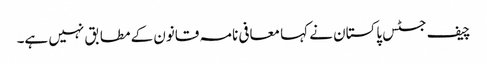
چیف جسٹس پاکستان نے کہا معافی نامہ قانون کے مطابق نہیں ہے۔